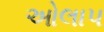
ઓલાપ